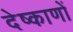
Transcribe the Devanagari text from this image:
देष्काणों